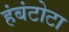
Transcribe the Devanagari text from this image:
हंबंटोटा